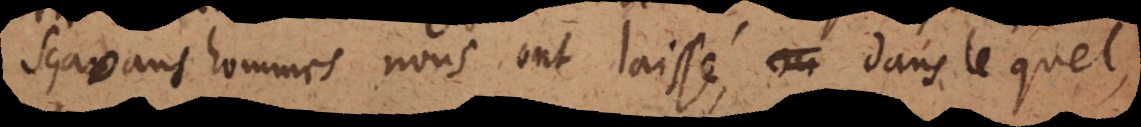
sçavans hommes nous ont laissé, dans lequel